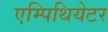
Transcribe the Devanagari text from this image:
एम्पिथियेटर